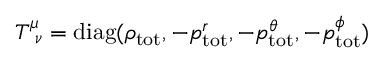
T _ { \, \, \, \nu } ^ { \mu } = \mathrm { d i a g } ( \rho _ { \mathrm { t o t } } , - p _ { \mathrm { t o t } } ^ { r } , - p _ { \mathrm { t o t } } ^ { \theta } , - p _ { \mathrm { t o t } } ^ { \phi } )